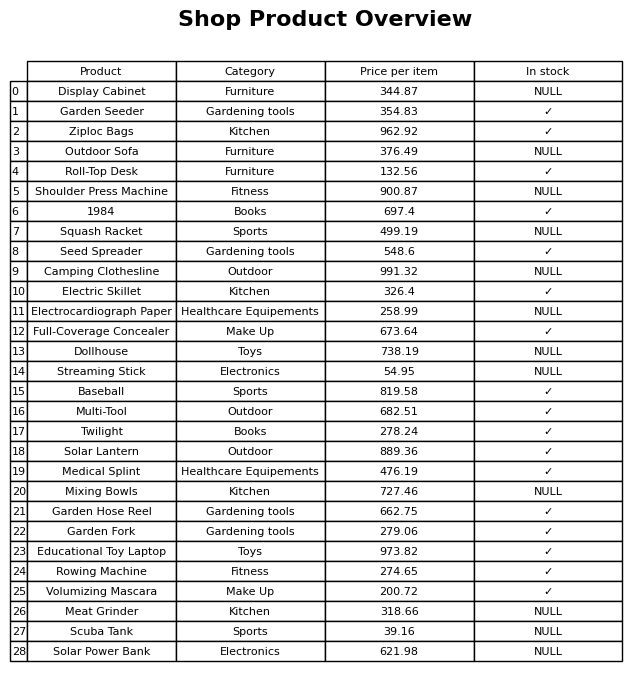
question: What is the price of the Squash Racket?
answer: The price of Squash Racket is 499.19.